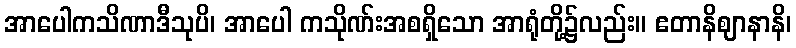
အာပေါကသိဏာဒီသုပိ၊ အာပေါ ကသိုဏ်းအစရှိသော အာရုံတို့၌လည်း။ ဧတာနိဈာနာနိ၊